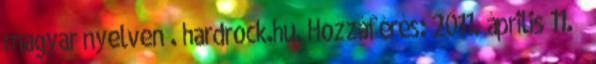
magyar nyelven . hardrock.hu. Hozzáférés: 2011. április 11. ↑